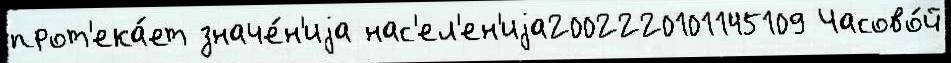
прот'ека́ет значе́н'иjа нас'ел'ен'иjа2002220101145109 Часово́й